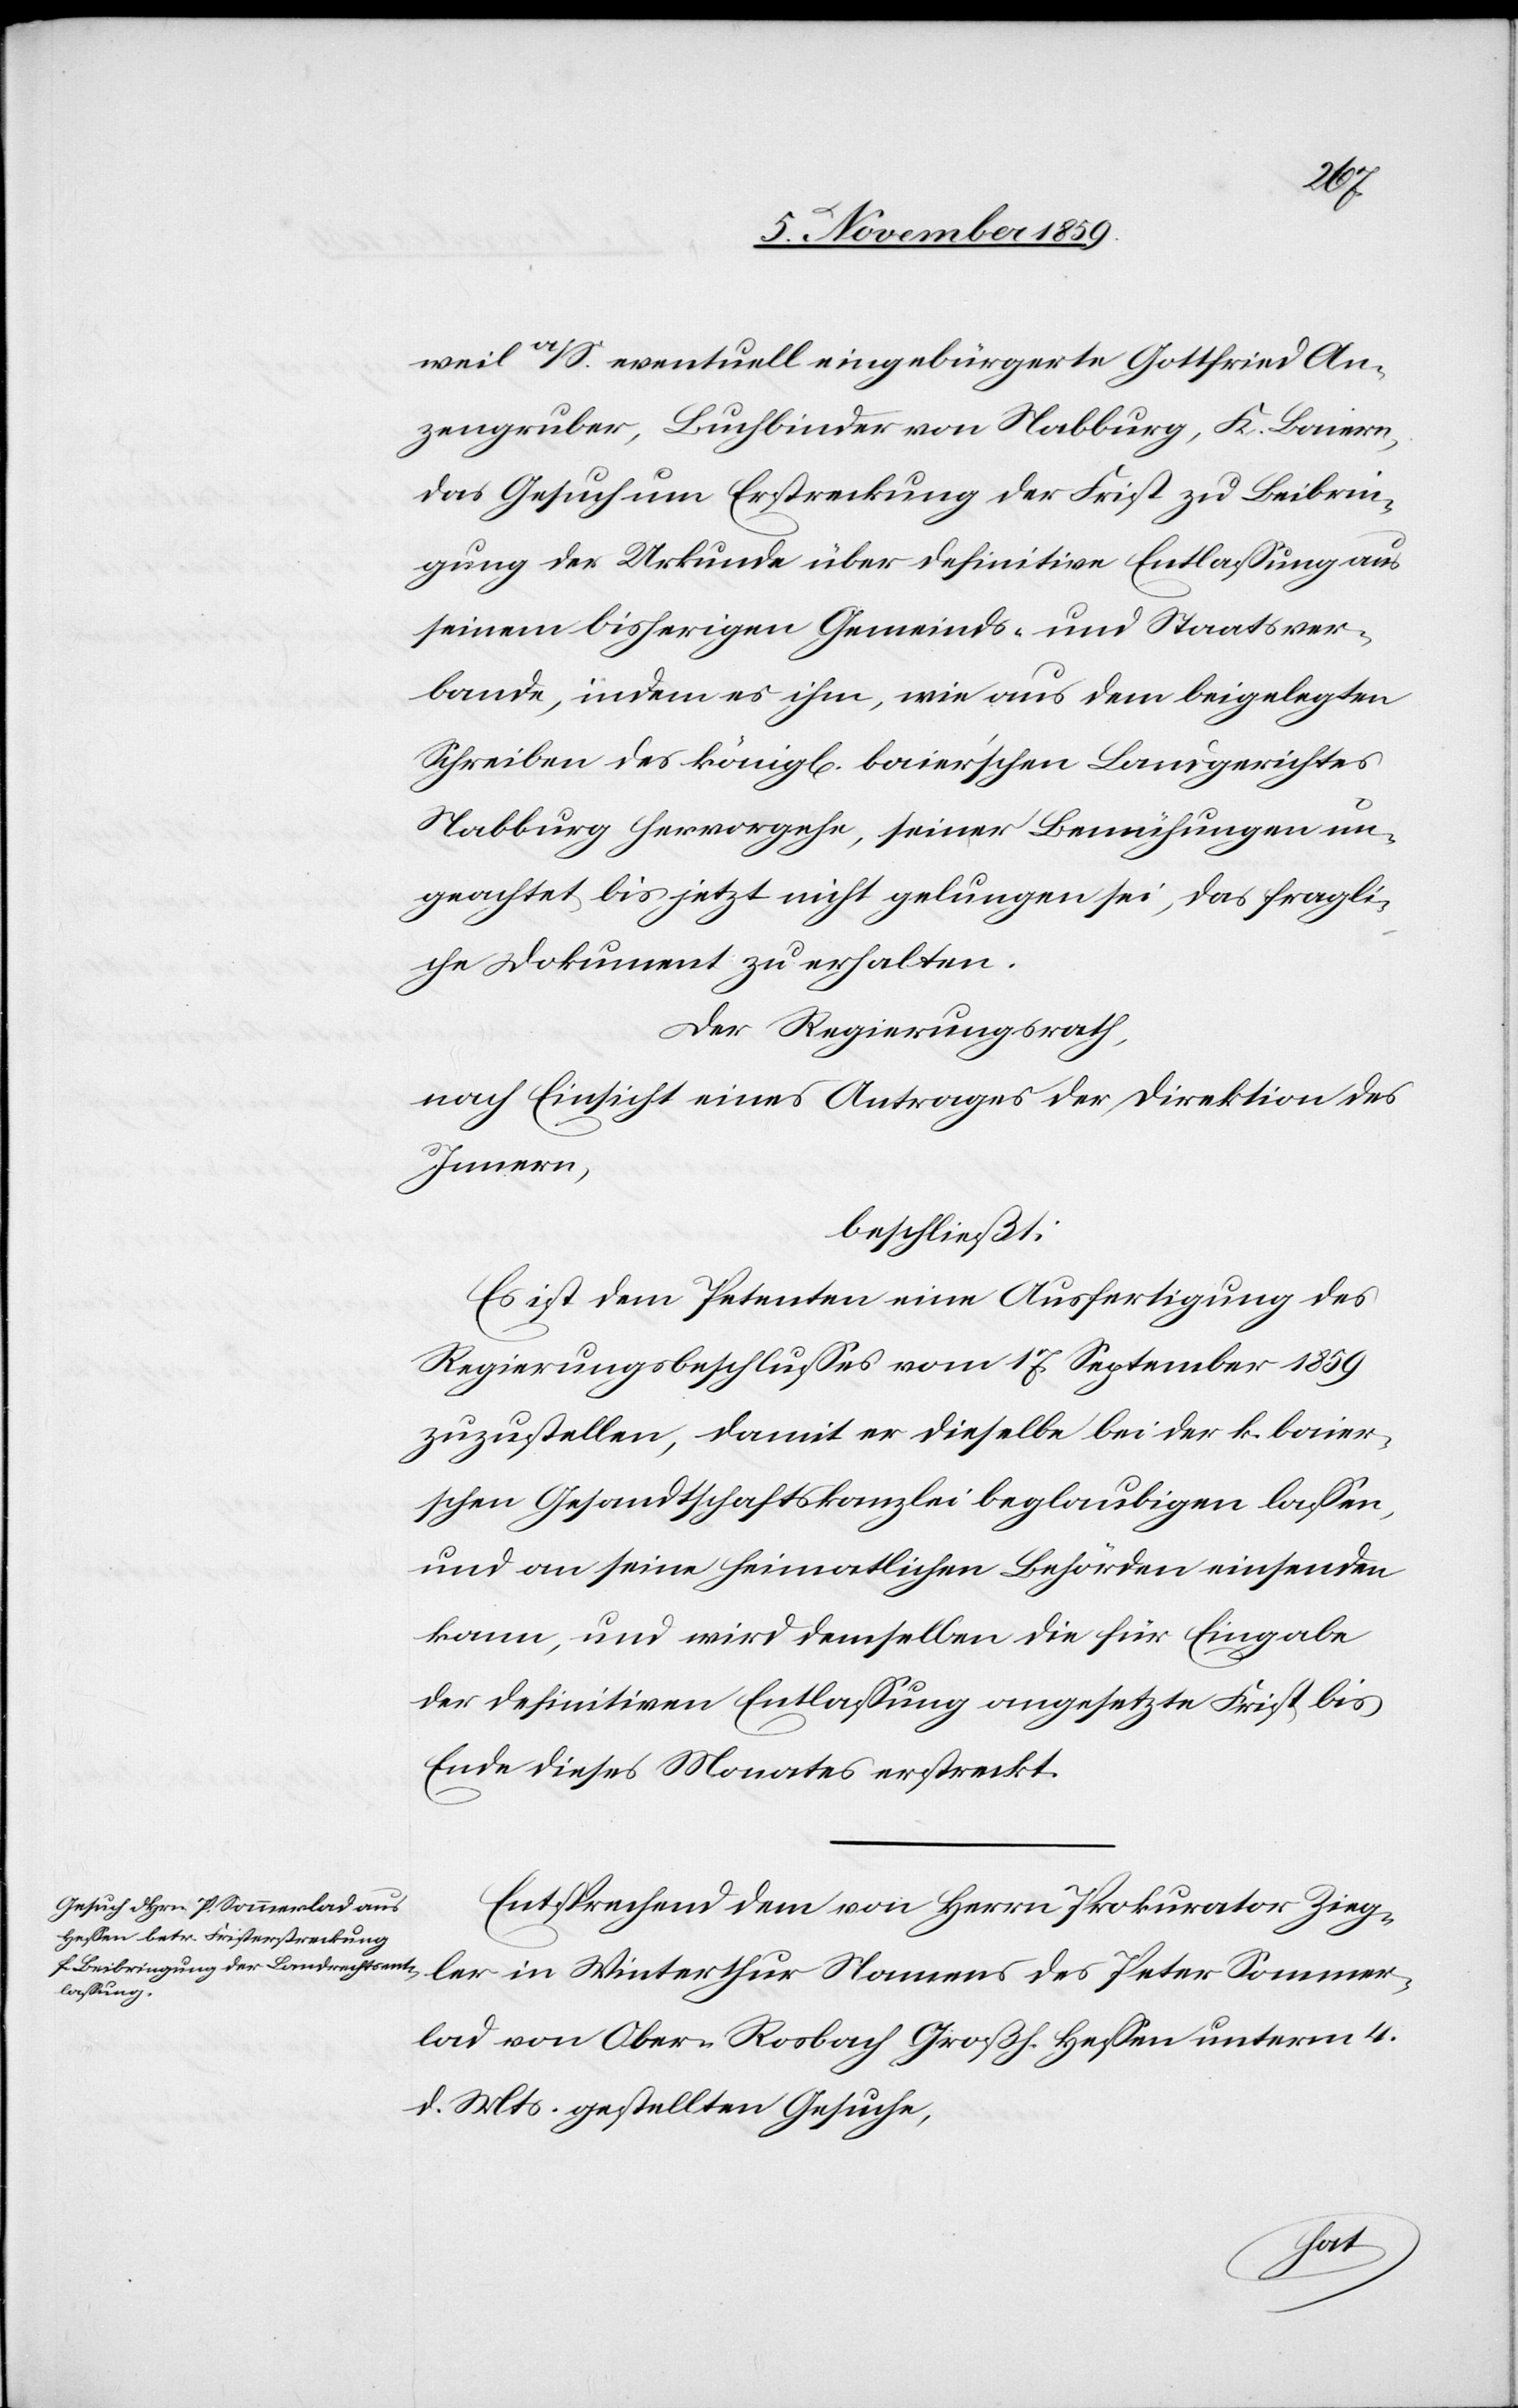
weil a/S. eventuell eingebürgerte Gottfried An¬
zengruber, Buchbinder von Habburg, K. Baiern,
das Gesuch um Erstreckung der Frist zu Beibrin¬
gung der Urkunde über definitive Entlassung aus
seinem bisherigen Gemeinds- und Staatsver¬
bande, indem es ihm, wie aus dem beigelegten
Schreiben des königl[ichen] baier’schen Landgerichtes
Habburg hervorgehe, seiner Bemühungen un¬
geachtet, bis jetzt nicht gelungen sei, das fragli¬
che Dokument zu erhalten.
Der Regierungsrath,
nach Einsicht eines Antrages der Direktion des
Innern,
beschließt:
Es ist dem Petenten eine Ausfertigung des
Regierungsbeschlusses vom 17. September 1859
zuzustellen, damit er dieselbe bei der k. baie¬
r’schen Gesandtschaftskanzlei beglaubigen lassen,
und an seine heimatliche Behörden einsenden
kann, und wird demselben die für Eingabe
der definitiven Entlassung angesetzte Frist bis
Ende diese Monats erstreckt.
Entsprechend dem von Herrn Prokurator Zieg¬
ler in Winterthur Namens des Peter Sommer¬
lad von Ober-Roobach Großh. Hessen unterm 4.
d. Mts. gestellten Gesuche,